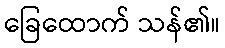
ခြေထောက် သန်၏။